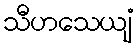
သီဟသေယျံ